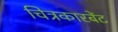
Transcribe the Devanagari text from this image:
चित्रकारबेंट